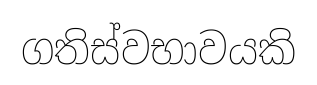
ගතිස්වභාවයකි